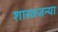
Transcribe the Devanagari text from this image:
शास्त्रजन्या